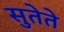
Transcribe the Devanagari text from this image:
सुतेते